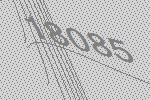
18085